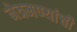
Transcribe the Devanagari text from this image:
नेत्रमण्यांची